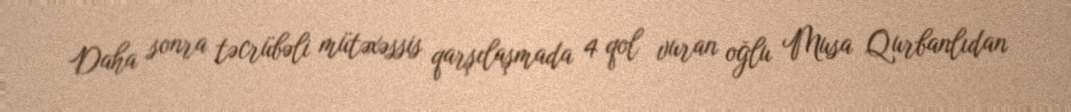
Daha sonra təcrübəli mütəxəssis qarşılaşmada 4 qol vuran oğlu Musa Qurbanlıdan